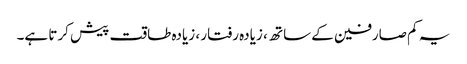
یہ کم صارفین کے ساتھ ، زیادہ رفتار ، زیادہ طاقت پیش کرتا ہے۔